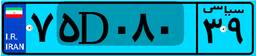
۱۳D۷۷۳۴۸